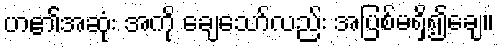
ဟ၏အဆုံး အကို ချေသော်လည်း အပြစ်မရှိ၍ချေ။